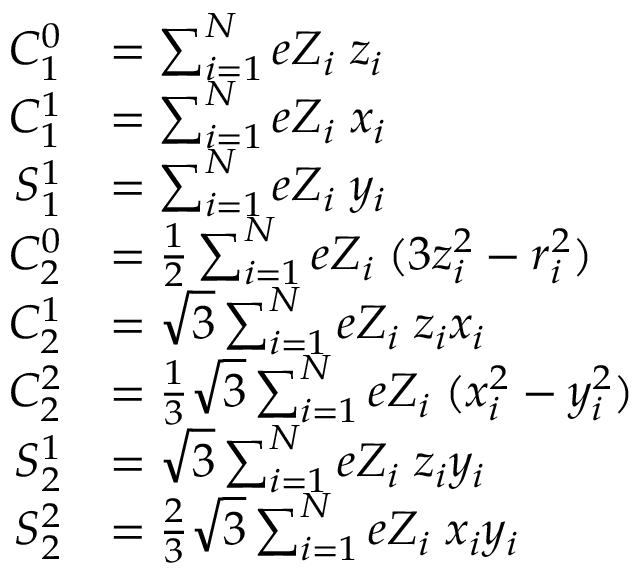
{ \begin{array} { r l } { C _ { 1 } ^ { 0 } } & { = \sum _ { i = 1 } ^ { N } e Z _ { i } \; z _ { i } } \\ { C _ { 1 } ^ { 1 } } & { = \sum _ { i = 1 } ^ { N } e Z _ { i } \; x _ { i } } \\ { S _ { 1 } ^ { 1 } } & { = \sum _ { i = 1 } ^ { N } e Z _ { i } \; y _ { i } } \\ { C _ { 2 } ^ { 0 } } & { = { \frac { 1 } { 2 } } \sum _ { i = 1 } ^ { N } e Z _ { i } \; ( 3 z _ { i } ^ { 2 } - r _ { i } ^ { 2 } ) } \\ { C _ { 2 } ^ { 1 } } & { = { \sqrt { 3 } } \sum _ { i = 1 } ^ { N } e Z _ { i } \; z _ { i } x _ { i } } \\ { C _ { 2 } ^ { 2 } } & { = { \frac { 1 } { 3 } } { \sqrt { 3 } } \sum _ { i = 1 } ^ { N } e Z _ { i } \; ( x _ { i } ^ { 2 } - y _ { i } ^ { 2 } ) } \\ { S _ { 2 } ^ { 1 } } & { = { \sqrt { 3 } } \sum _ { i = 1 } ^ { N } e Z _ { i } \; z _ { i } y _ { i } } \\ { S _ { 2 } ^ { 2 } } & { = { \frac { 2 } { 3 } } { \sqrt { 3 } } \sum _ { i = 1 } ^ { N } e Z _ { i } \; x _ { i } y _ { i } } \end{array} }